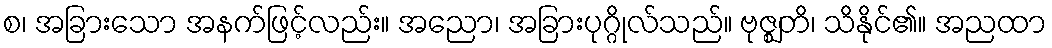
စ၊ အခြားသော အနက်ဖြင့်လည်း။ အညော၊ အခြားပုဂ္ဂိုလ်သည်။ ဗုဇ္ဈတိ၊ သိနိုင်၏။ အညထာ